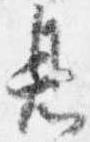
息